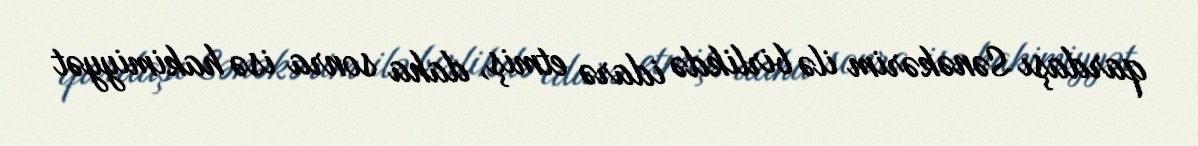
qardaşı Sənəkərim ilə birlikdə idarə etmiş, daha sonra isə hakimiyyət